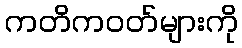
ကတိကဝတ်များကို